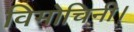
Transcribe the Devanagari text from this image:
विमोचिनी।